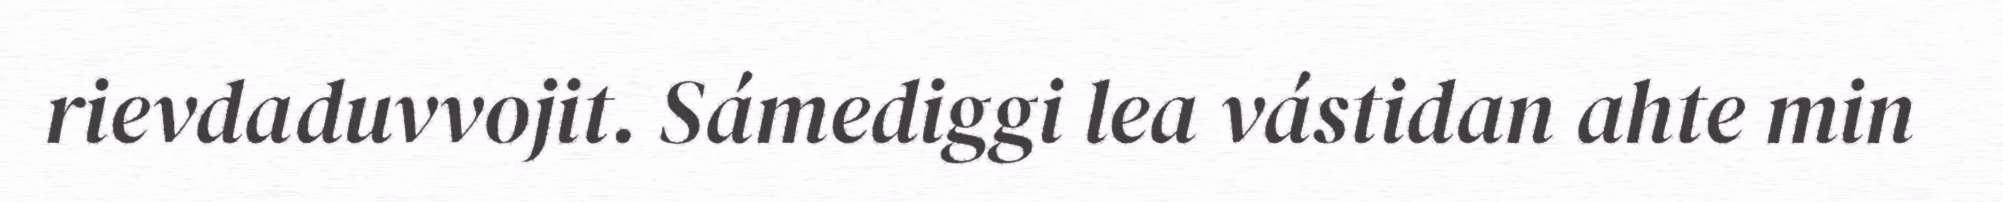
rievdaduvvojit. Sámediggi lea vástidan ahte min